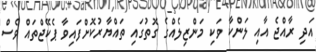
އަދި ރާއްޖެ އާއި ލަންކާ ވަކި މަންޒިލެއްގެ ގޮތުގައި ތައްޔާރުކޮށްފައިވާ ޕެކޭޖްތައް ވެސް